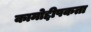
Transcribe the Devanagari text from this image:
कामोद्दीपकता